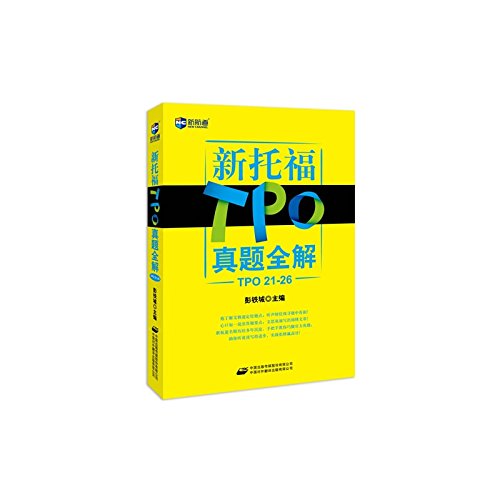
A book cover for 2014 New Channel:  TPO Complete Instruction for New TOEFL Exam Paper TPO21-26 (Chinese Edition); Peng Tiecheng; Test Preparation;